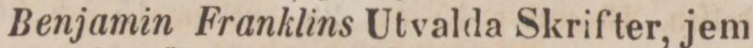
Benjamin Franklins Utvalda Skrifter, jem-